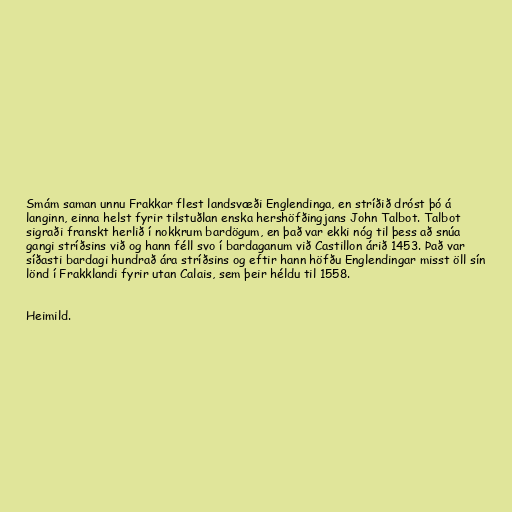
Smám saman unnu Frakkar flest landsvæði Englendinga, en stríðið dróst þó á
langinn, einna helst fyrir tilstuðlan enska hershöfðingjans John Talbot. Talbot
sigraði franskt herlið í nokkrum bardögum, en það var ekki nóg til þess að snúa
gangi stríðsins við og hann féll svo í bardaganum við Castillon árið 1453. Það var
síðasti bardagi hundrað ára stríðsins og eftir hann höfðu Englendingar misst öll sín
lönd í Frakklandi fyrir utan Calais, sem þeir héldu til 1558.

Heimild.